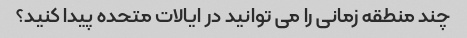
چند منطقه زمانی را می توانید در ایالات متحده پیدا کنید؟